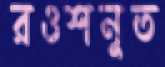
রওশনুত